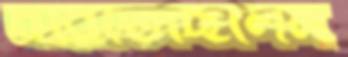
ধরিতেছিলেন